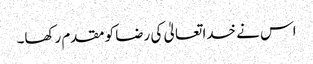
اس نے خدا تعالیٰ کی رضا کو مقدم رکھا۔